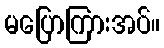
မပြောကြားအပ်။